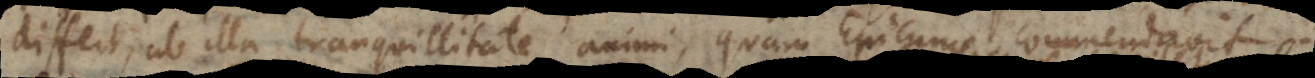
differt, ab illa tranquillitate animi, quam Epicurus commendavit